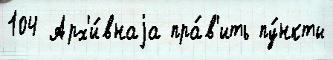
104 Арх'и́внаjа пра́в'ить пу́нкты